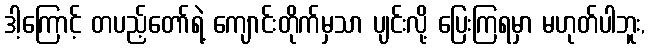
ဒါ့ကြောင့် တပည့်တော်ရဲ့ ကျောင်းတိုက်မှသာ ပျင်းလို့ ပြေးကြရမှာ မဟုတ်ပါဘူး,